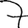
Digit: 7